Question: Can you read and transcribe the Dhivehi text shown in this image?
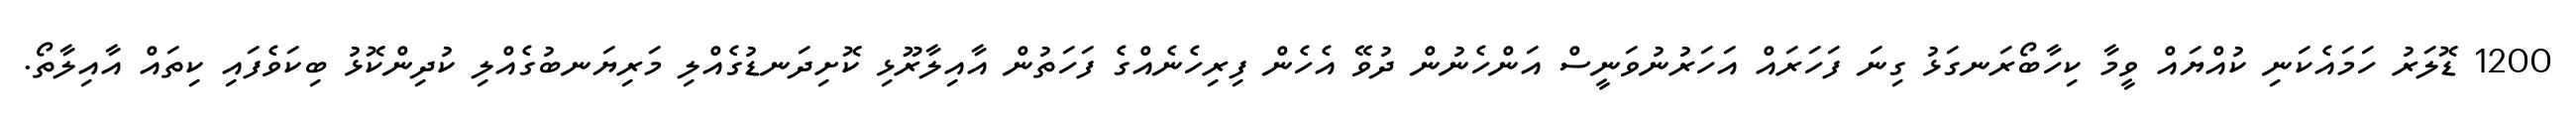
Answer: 1200 ޑޮލަރު ހަމައެކަނި ކުއްޔައް ވީމާ ކިހާބޯރަނގަޅު ގިނަ ފަހަރައް އަހަރުނުވަނީސް އަންހެނުން ދުވޭ އެހެން ފިރިހެނެއްގެ ފަހަތުން އާއިލާރޫޅި ކޮށިދަނޑުގެއްލި މަރިޔަނބުގެއްލި ކުދިންކޮޅު ބިކަވެފައި ކިތައް އާއިލާތޯ.